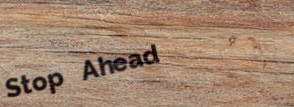
Stop Ahead